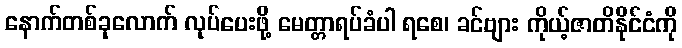
နောက်တစ်ခုလောက် လုပ်ပေးဖို့ မေတ္တာရပ်ခံပါ ရစေ၊ ခင်ဗျား ကိုယ့်ဇာတိနိုင်ငံကို